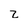
Character: z